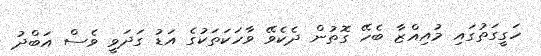
ހަގީގަތުގައި މުއިއްޒާ ބެހޭ ގޮތުން ދެކެވޭ ވާހަކަތަކުގެ އަޑު ގަދަވީ ވެސް އަބްދު